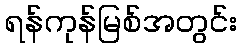
ရန်ကုန်မြစ်အတွင်း